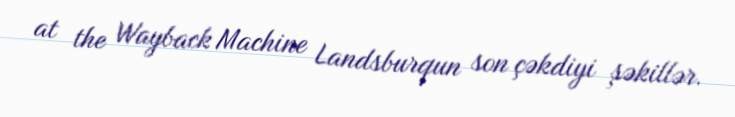
at the Wayback Machine Landsburqun son çəkdiyi şəkillər.